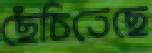
ছেঁচিতেছে